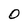
Character: D